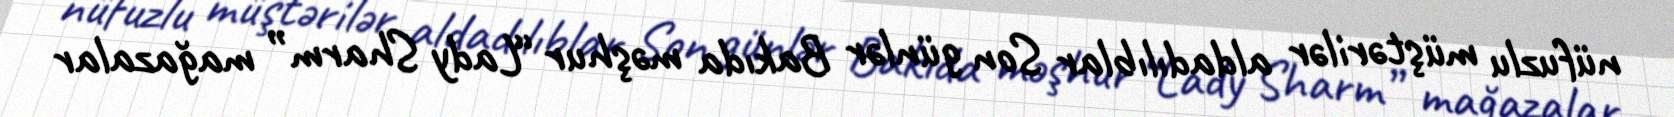
nüfuzlu müştərilər aldadılıblar Son günlər Bakıda məşhur “Lady Sharm” mağazalar